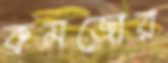
কমজোর